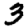
Digit: 3